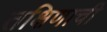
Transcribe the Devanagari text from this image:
तक्षिणाची